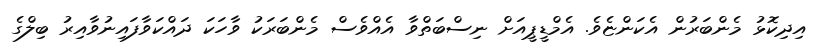
އިދިކޮޅު މެންބަރުން އެކަންޏެވެ. އެމްޑީޕީއަށް ނިސްބަތްވާ އެއްވެސް މެންބަރަކު ވާހަކަ ދައްކަވާފައިނުވާއިރު ބިލްގެ